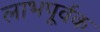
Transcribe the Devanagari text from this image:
लाभपूर्वक